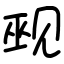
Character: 觋